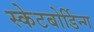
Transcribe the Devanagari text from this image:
स्केटबोर्डिन्ग